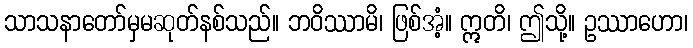
သာသနာတော်မှမဆုတ်နစ်သည်။ ဘဝိဿာမိ၊ ဖြစ်အံ့။ ဣတိ၊ ဤသို့။ ဥဿာဟော၊